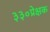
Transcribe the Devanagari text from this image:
३३०प्रेक्षक